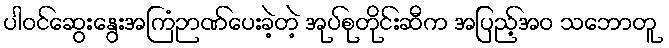
ပါဝင်ဆွေးနွေးအကြံဉာဏ်ပေးခဲ့တဲ့ အုပ်စုတိုင်းဆီက အပြည့်အဝ သဘောတူ